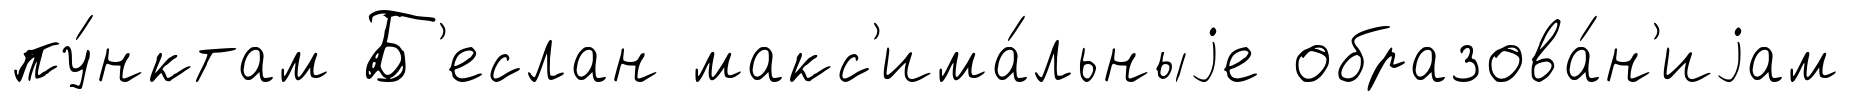
пу́нктам Б'еслан макс'има́льныjе образова́н'иjам